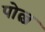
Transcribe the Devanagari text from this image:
पोल्ज